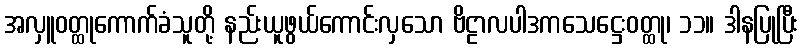
အလှူဝတ္ထုကောက်ခံသူတို့ နည်းယူဖွယ်ကောင်းလှသော ဗိဠာလပါဒကသေဋ္ဌေးဝတ္ထု၊ ၁၁။ ဒါနပြုပြီး